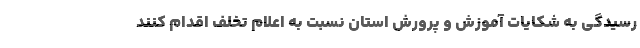
رسیدگی به شکایات آموزش و پرورش استان نسبت به اعلام تخلف اقدام کنند